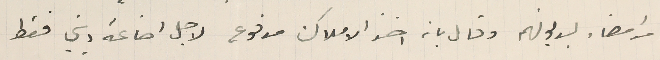
من امضاء بديونهم وقال بانه اخذ الاملاك مدفوع لاجل اضاعة ديني فقط